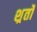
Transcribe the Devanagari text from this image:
शर्र्तों